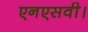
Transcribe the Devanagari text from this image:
एनएसवी।